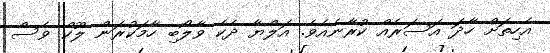
އެހިތަށް ހާދަ އަސަރެއް ކުރާނެއެވެ. އަލްޔާ ދެކެ ވާލޯބި ހާމަކުރަން ލޫކް ވެސް